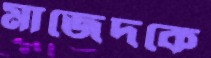
মাজেদকে